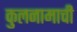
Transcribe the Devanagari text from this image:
कुलनामाची